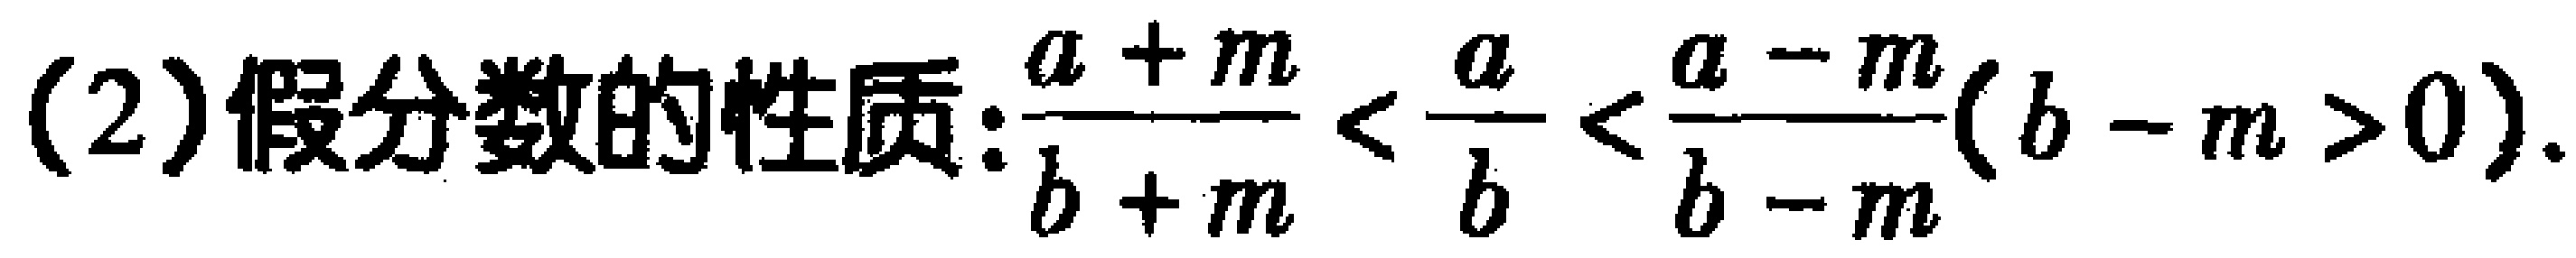
(2)假分数的性质:$\frac{a + m}{b + m} < \frac{a}{b} < \frac{a - m}{b - m}(b - m > 0)$.